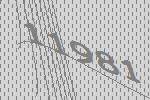
11981